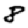
Digit: 8